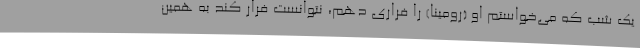
یک شب که می‌خواستم او (رومینا) را فراری دهم، نتوانست فرار کند به همین